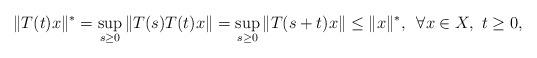
LaTeX: \begin{align*}\|T(t)x\|^*=\sup_{s\geq 0}\|T(s)T(t)x\|=\sup_{s\geq 0}\|T(s+t)x\|\leq \|x\|^*, \, \, \, \forall x\in X,\, \, t\geq 0,\end{align*}